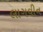
લાગવીન